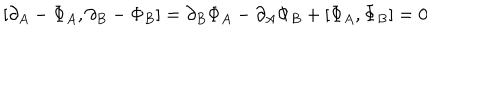
[ \partial _ { A } - \Phi _ { A } , \partial _ { B } - \Phi _ { B } ] = \partial _ { B } \Phi _ { A } - \partial _ { A } \Phi _ { B } + [ \Phi _ { A } , \Phi _ { B } ] = 0